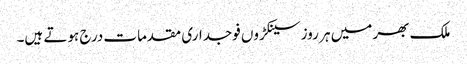
ملک بھر میں ہر روز سینکڑوں فوجداری مقدمات درج ہوتے ہیں۔